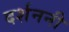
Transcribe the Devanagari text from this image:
दर्शननी